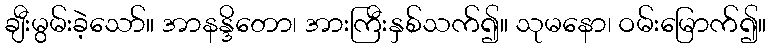
ချီးမွမ်းခဲ့သော်။ အာနန္ဒိတော၊ အားကြီးနှစ်သက်၍။ သုမနော၊ ဝမ်းမြောက်၍။